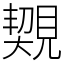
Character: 䚉